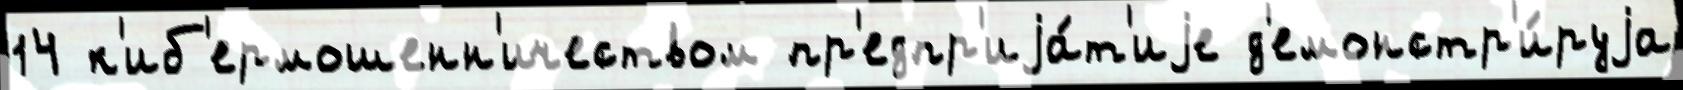
14 к'иб'ермошенн'ичеством пр'едпр'иjа́т'иjе д'емонстр'и́руjа